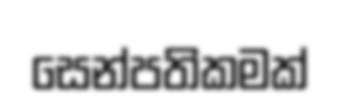
සෙන්පතිකමක්